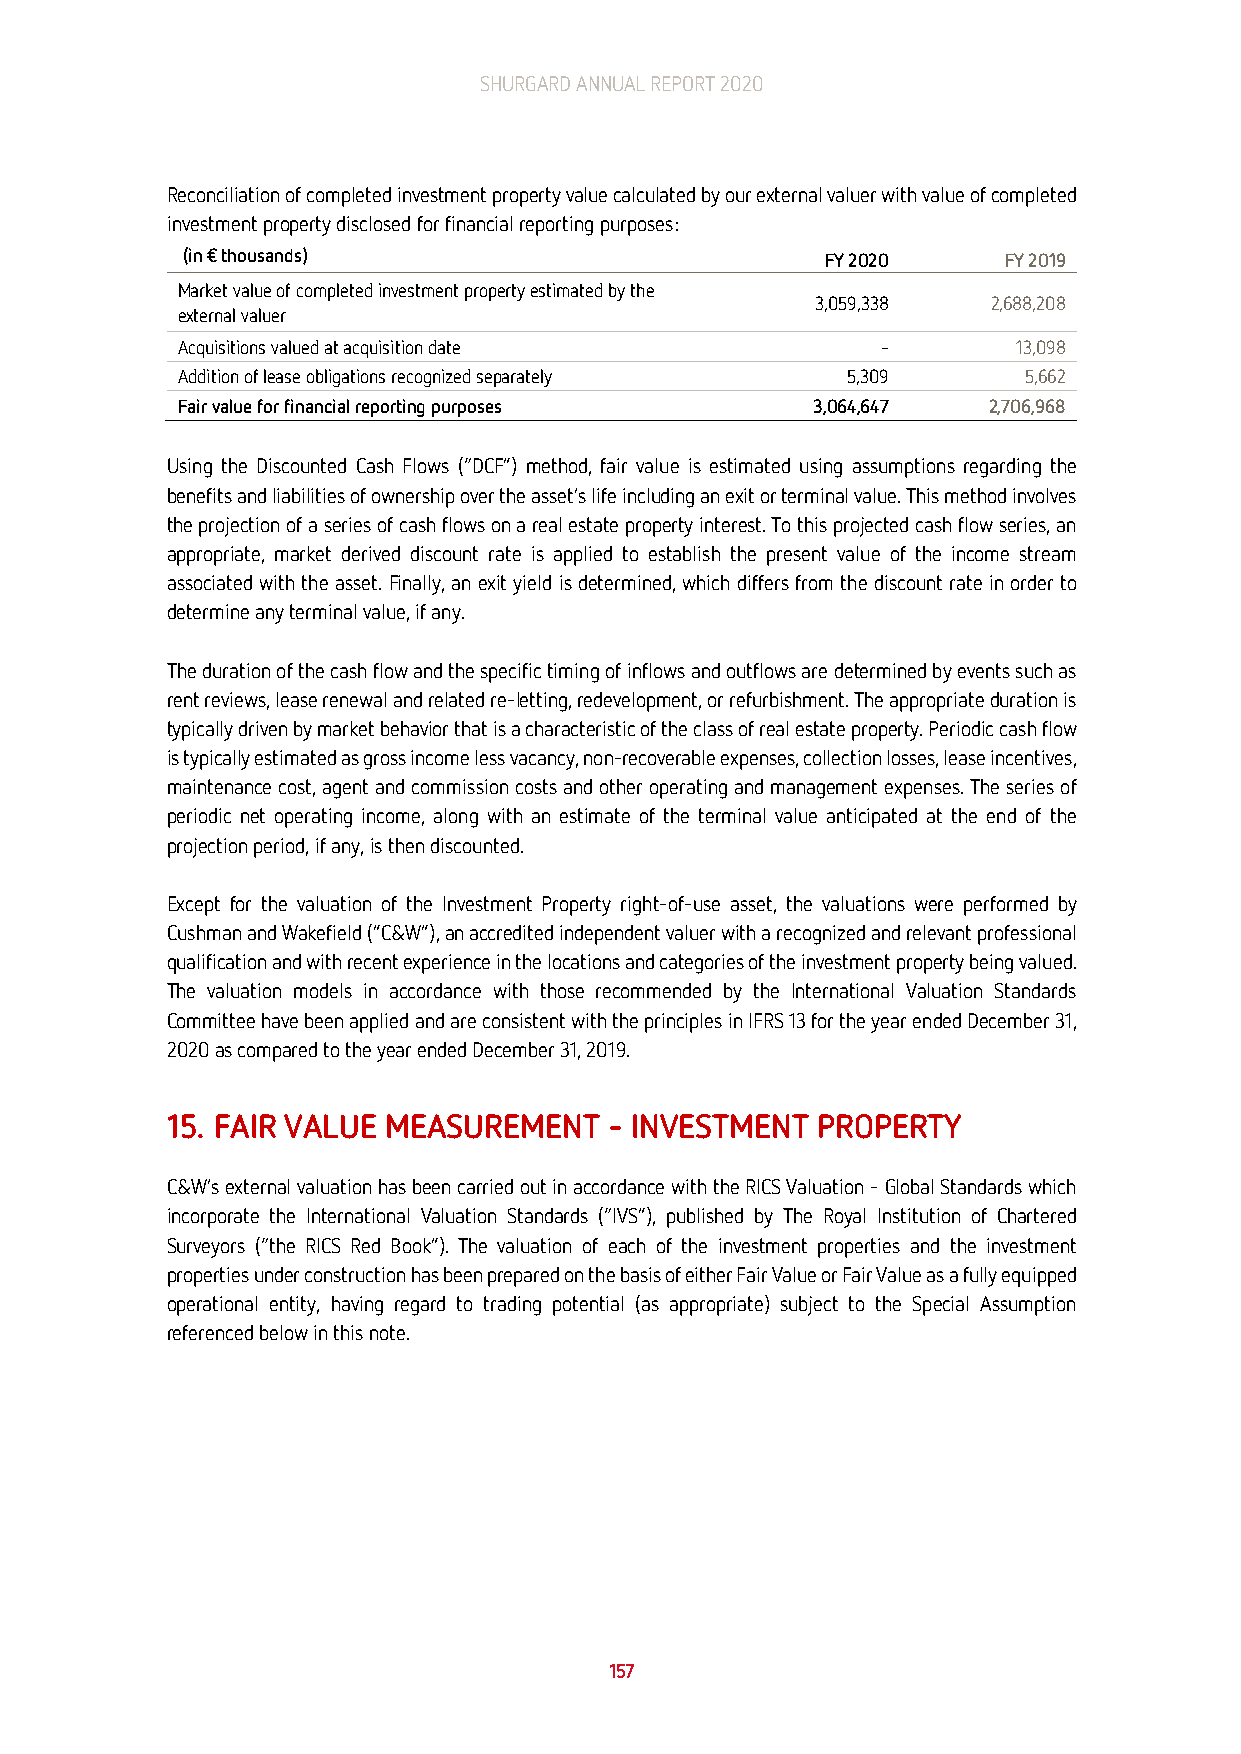
SHURGARD ANNUAL REPORT 2020
 Reconciliation of completed investment property value calculated by our external valuer with value of completed
 investment property disclosed for financial reporting purposes:
 (in € thousands)                           FY 2020    FY 2019
 Market value of completed investment property estimated by the
 3,059,338   2,688,208
 external valuer
 Acquisitions valued at acquisition date       -        13,098
 Addition of lease obligations recognized separately 5,309 5,662
 Fair value for financial reporting purposes 3,064,647 2,706,968
 Using the Discounted Cash Flows (“DCF”) method, fair value is estimated using assumptions regarding the
 benefits and liabilities of ownership over the asset’s life including an exit or terminal value. This method involves
 the projection of a series of cash flows on a real estate property interest. To this projected cash flow series, an
 appropriate, market derived discount rate is applied to establish the present value of the income stream
 associated with the asset. Finally, an exit yield is determined, which differs from the discount rate in order to
 determine any terminal value, if any.
 The duration of the cash flow and the specific timing of inflows and outflows are determined by events such as
 rent reviews, lease renewal and related re-letting, redevelopment, or refurbishment. The appropriate duration is
 typically driven by market behavior that is a characteristic of the class of real estate property. Periodic cash flow
 is typically estimated as gross income less vacancy, non-recoverable expenses, collection losses, lease incentives,
 maintenance cost, agent and commission costs and other operating and management expenses. The series of
 periodic net operating income, along with an estimate of the terminal value anticipated at the end of the
 projection period, if any, is then discounted.
 Except for the valuation of the Investment Property right-of-use asset, the valuations were performed by
 Cushman and Wakefield (”C&W”), an accredited independent valuer with a recognized and relevant professional
 qualification and with recent experience in the locations and categories of the investment property being valued.
 The valuation models in accordance with those recommended by the International Valuation Standards
 Committee have been applied and are consistent with the principles in IFRS 13 for the year ended December 31,
 2020 as compared to the year ended December 31, 2019.
 15. FAIR VALUE MEASUREMENT   – INVESTMENT  PROPERTY
 C&W’s external valuation has been carried out in accordance with the RICS Valuation – Global Standards which
 incorporate the International Valuation Standards (“IVS”), published by The Royal Institution of Chartered
 Surveyors (“the RICS Red Book”). The valuation of each of the investment properties and the investment
 properties under construction has been prepared on the basis of either Fair Value or Fair Value as a fully equipped
 operational entity, having regard to trading potential (as appropriate) subject to the Special Assumption
 referenced below in this note.
 157